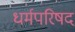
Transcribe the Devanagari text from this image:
धर्मपरिषद